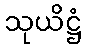
သုယိဋ္ဌံ